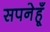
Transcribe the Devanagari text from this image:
सपनेहूँ